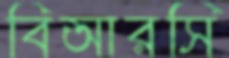
বিআরসি